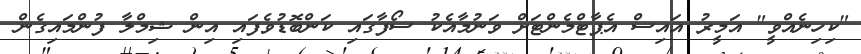
"ކިހިނެއްވީ" އަމީރު އައިސް އެޕާޓްމެންޓަށް ވަނުމާއެކު ސޯފާގައި ކަންބޮޑުވެފައި އިން ޝިމްލާ ފުންމައިގެން